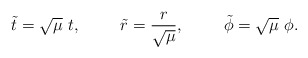
\begin{align*}\tilde{t}=\sqrt{\mu} ~t, \hspace{10mm} \tilde{r}=\frac{r}{\sqrt{\mu}}, \hspace{10mm} \tilde{\phi}=\sqrt{\mu} ~\phi.\end{align*}